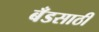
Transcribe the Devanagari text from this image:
बँडसाठी